Annual report on the lock hospitals of the Madras Presidency
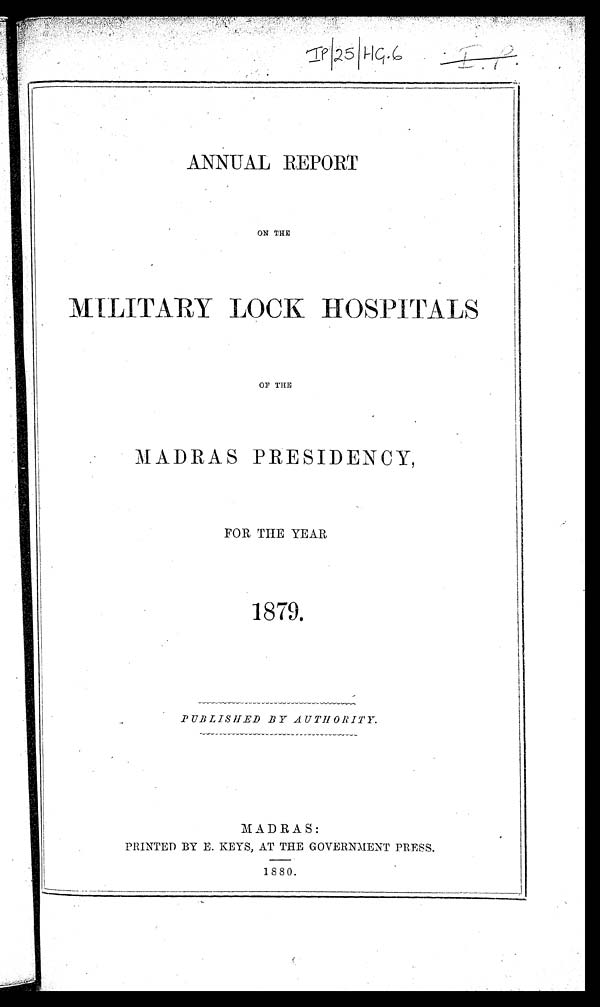
ANNUAL REPORT
ON THE
MILITARY LOCK HOSPITALS
OF THE
MADRAS PRESIDENCY,
FOR THE YEAR
1879.
PUBLISHED BY AUTHORITY.
MADRAS:
PRINTED BY E. KEYS, AT THE GOVERNMENT PRESS.
1880.